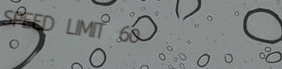
SPEED LIMIT 60